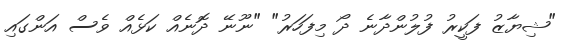
"ޝިޔާޒު ފަކީރު ފުލުންދާނެ ދޯ މިފަހަރު" "ނޫނޭ ދޮނެއް ކަޅެއް ވެސް އަންގައި